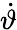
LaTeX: \dot{\vartheta}